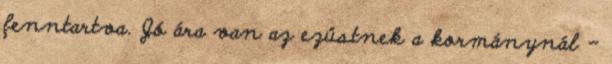
fenntartva. Jó ára van az ezüstnek a kormánynál -